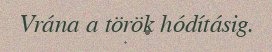
Vrána a török hódításig.